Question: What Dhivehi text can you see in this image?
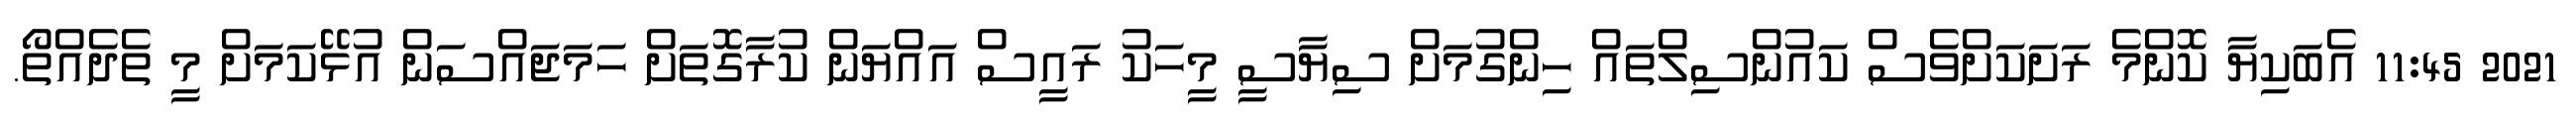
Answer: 2021 11:45 އެބަކިޔާ ކޮންމެ ރަށަކަށްވެސް ކައުންސިލްތައް ހިންގުމަށް ސިޔާސީ މީހަކު ރައީސް އައްޔަން ކުރާގޮތަށް ހަމަޖައްސަން އުޅޭކަމަށް މީ ތެދެއްތޯ.